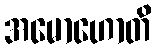
အမောဟောတိ